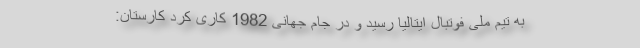
به تیم ملی فوتبال ایتالیا رسید و در جام جهانی 1982 کاری کرد کارستان: